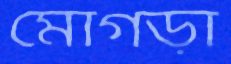
মোগড়া